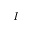
I